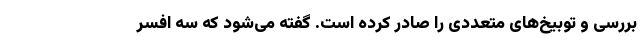
بررسی و توبیخ‌های متعددی را صادر کرده است. گفته می‌شود که سه افسر